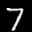
Label: 7